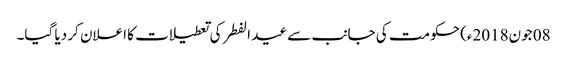
08 جون2018ء) حکومت کی جانب سے عید الفطر کی تعطیلات کا اعلان کر دیا گیا۔